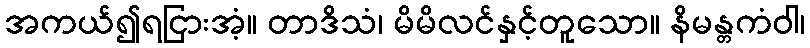
အကယ်၍ရငြားအံ့။ တာဒိသံ၊ မိမိလင်နှင့်တူသော။ နိမန္တကံဝါ၊